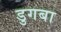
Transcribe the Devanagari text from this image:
डुगबा